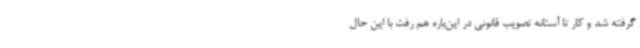
گرفته شد و کار تا آستانه تصویب قانونی در این‌باره هم رفت با این حال